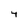
Character: 4